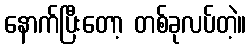
နောက်ပြီးတော့ တစ်ခုလပ်တဲ့။